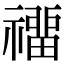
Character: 𥛽